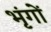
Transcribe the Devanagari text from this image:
भृंगों